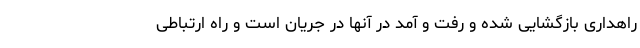
راهداری بازگشایی شده و رفت و آمد در آنها در جریان است و راه ارتباطی